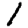
Digit: 1